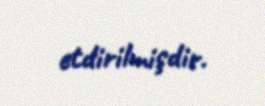
etdirilmişdir.